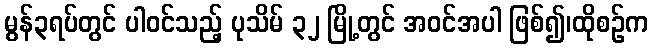
မွန်၃ရပ်တွင် ပါဝင်သည့် ပုသိမ် ၃၂ မြို့တွင် အဝင်အပါ ဖြစ်၍၊ထိုစဉ်က